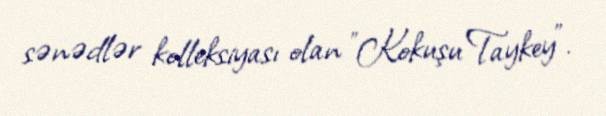
sənədlər kolleksiyası olan "Kokuşu Taykey".